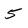
Character: 5